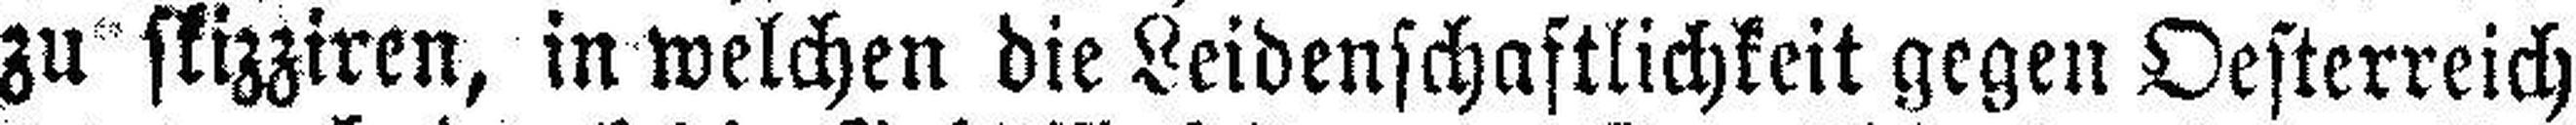
zu skizziren, in welchen die Leidenschaftlichkeit gegen Oesterreich